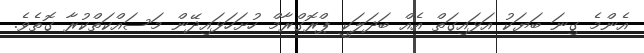
އެންމެ ގިނަ ބަޔަކު އަޅައިގަތް އެއް ބަދަލަކީ ޕްރޮގްރާމް ހުށަހަޅައިދޭން މަސައްކަތްކުރާ ގޮތެވެ.